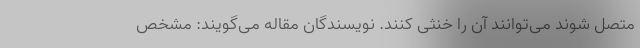
متصل شوند می‌توانند آن را خنثی کنند. نویسندگان مقاله می‌گویند: مشخص